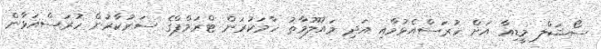
ސޯޝަލް މީޑިއާ އަށް ހުރަސްއެޅުމާއި އަދި މައުލޫމާތު ހާމަކުރަން ޓްރަމްޕްގެ ސަރުކާރުން ހުރަސްއަޅާން